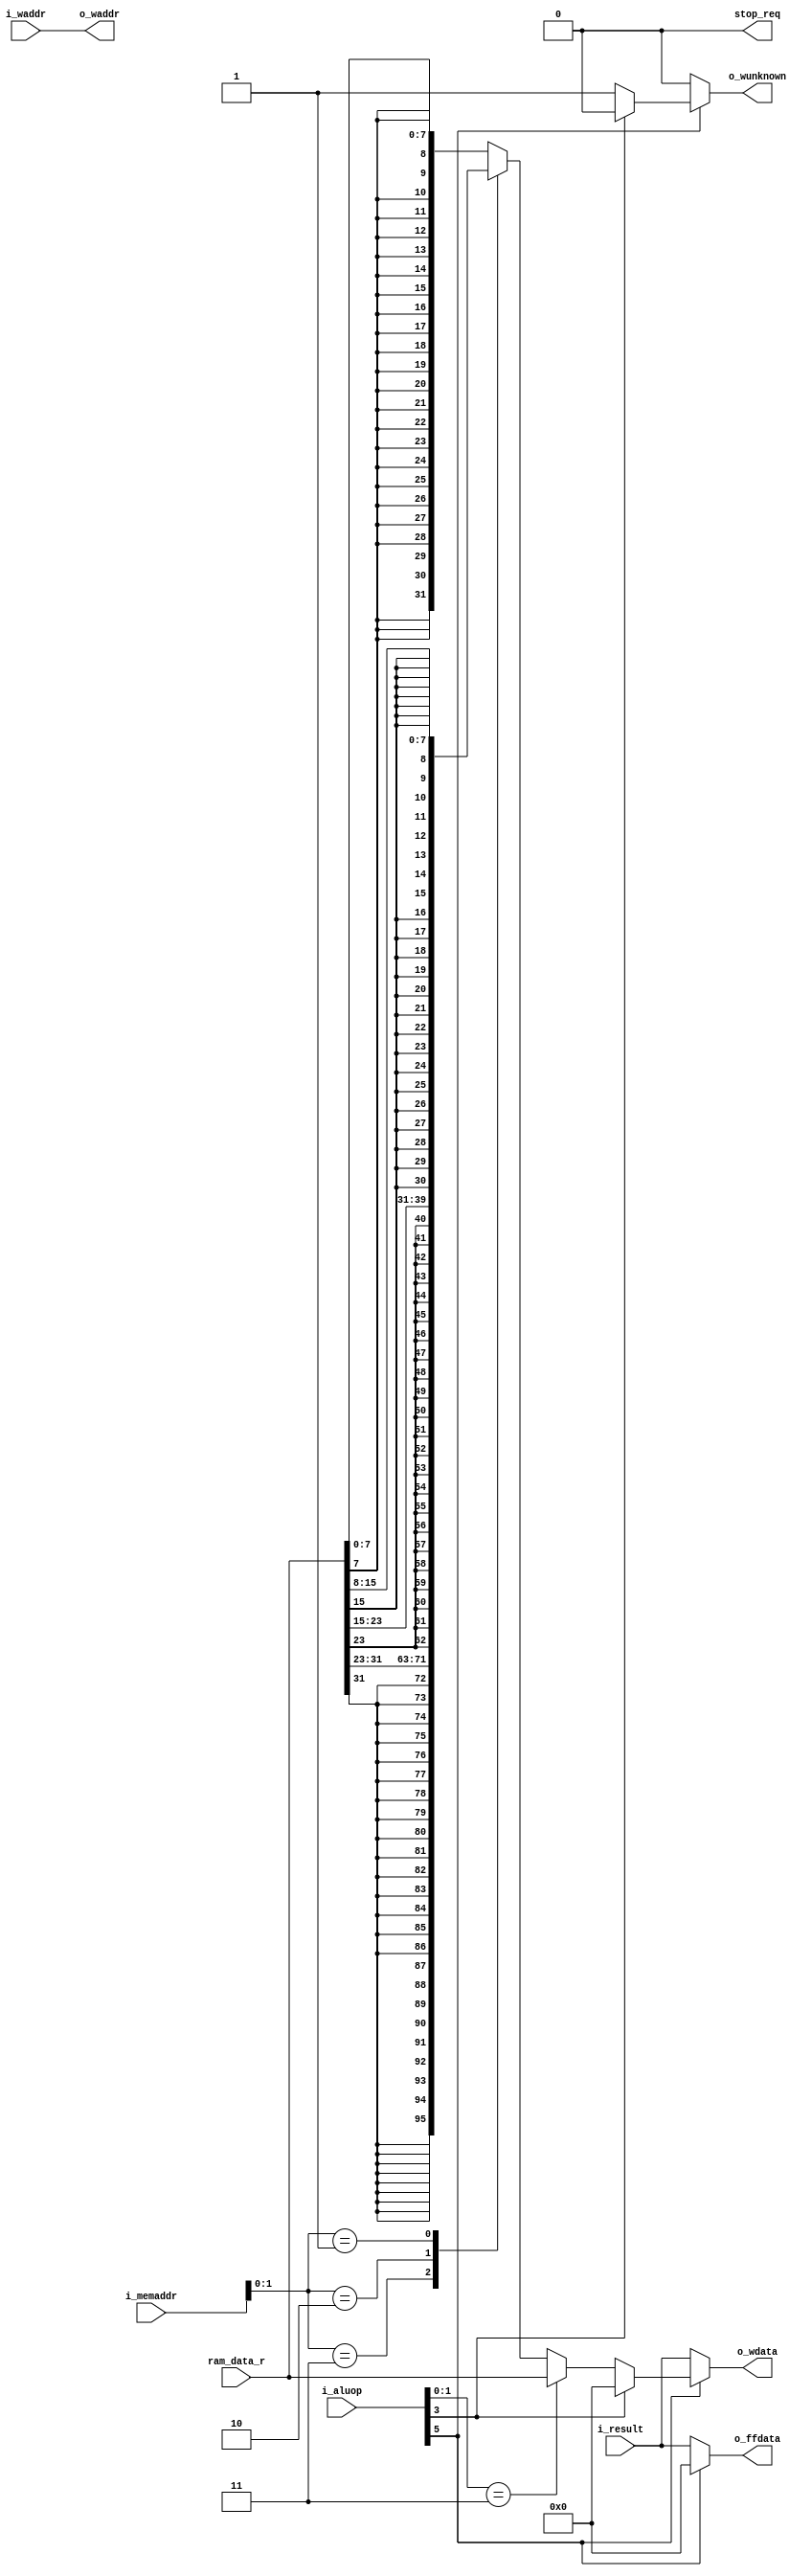
module mem(
	input    wire[5:0]      i_aluop,
	input    wire[31:0]     i_result,
	input    wire[31:0]     i_memaddr,
	input    wire[4:0]      i_waddr,
	output   reg [31:0]     o_wdata,
	output   wire[4:0]      o_waddr,
	output   reg            o_wunknown,
	output   reg [31:0]     o_ffdata,
	
	input    wire[31:0]     ram_data_r,
	
	output   wire           stop_req
);

assign o_waddr = i_waddr;

assign stop_req = 0;

// o_wdata
// ram_data_w
// ram_be_n
// ram_oe_n
// ram_we_n

always @* begin
	if (i_aluop[5] == 1) begin
		if (i_aluop[3] == 1) begin // sb, sw
			o_wdata = 0;
			o_wunknown = 0;
			o_ffdata = 0;
		end else begin // lb, lw
		    o_wunknown = 1;
		    o_ffdata = 0;
			if (i_aluop[1:0] == 3) begin // lw
				o_wdata = ram_data_r;
			end else begin // lb
				case (i_memaddr[1:0])
					3:       o_wdata = {{24{ram_data_r[31]}}, ram_data_r[31:24]};
					2:       o_wdata = {{24{ram_data_r[23]}}, ram_data_r[23:16]};
					1:       o_wdata = {{24{ram_data_r[15]}}, ram_data_r[15:8]};
					default: o_wdata = {{24{ram_data_r[7]}}, ram_data_r[7:0]};
				endcase
			end
		end
	end else begin
		o_wdata = i_result;
		o_ffdata = i_result;
		o_wunknown = 0;
	end
end


endmodule